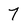
Character: 7